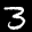
Label: 3